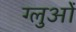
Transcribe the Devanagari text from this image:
ग्लुओं